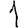
Digit: 1